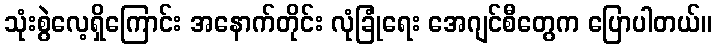
သုံးစွဲလေ့ရှိကြောင်း အနောက်တိုင်း လုံခြုံရေး အေဂျင်စီတွေက ပြောပါတယ်။